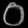
Digit: ၀